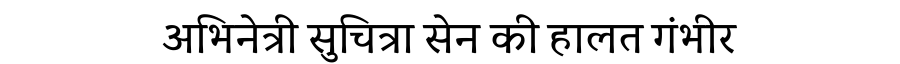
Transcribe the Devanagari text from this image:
अभिनेत्री सुचित्रा सेन की हालत गंभीर